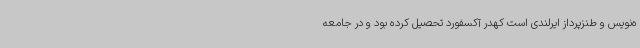
ه‌نویس و طنزپرداز ایرلندی است کهدر آکسفورد تحصیل کرده بود و در جامعه